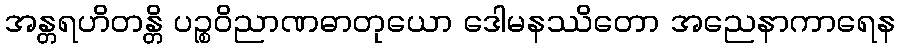
အန္တရဟိတန္တိ ပဉ္စဝိညာဏဓာတုယော ဒေါမနဿိတော အညေနာကာရေန